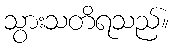
သွားသတိရသည်။